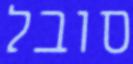
סובל